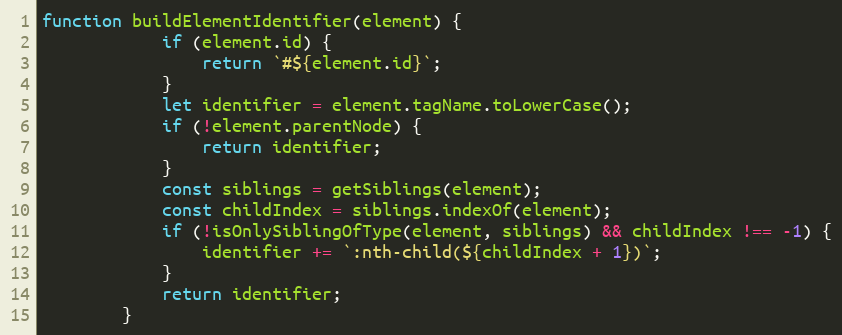
Language: JavaScript
function buildElementIdentifier(element) {
			if (element.id) {
				return `#${element.id}`;
			}
			let identifier = element.tagName.toLowerCase();
			if (!element.parentNode) {
				return identifier;
			}
			const siblings = getSiblings(element);
			const childIndex = siblings.indexOf(element);
			if (!isOnlySiblingOfType(element, siblings) && childIndex !== -1) {
				identifier += `:nth-child(${childIndex + 1})`;
			}
			return identifier;
		}